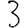
Digit: 3